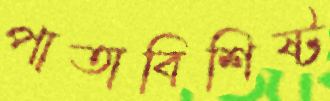
পাতাবিশিষ্ট